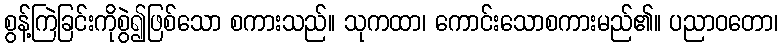
စွန့်ကြဲခြင်းကိုစွဲ၍ဖြစ်သော စကားသည်။ သုကထာ၊ ကောင်းသောစကားမည်၏။ ပညာဝတော၊